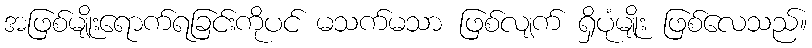
အဖြစ်မျိုးရောက်ရခြင်းကိုပင် မသက်မသာ ဖြစ်လျက် ရှိပုံမျိုး ဖြစ်လေသည်။